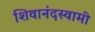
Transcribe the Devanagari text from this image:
शिवानंदस्वामी